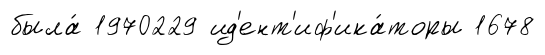
была́ 1970229 ид'ент'иф'ика́торы 1678